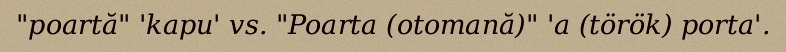
"poartă" 'kapu' vs. "Poarta (otomană)" 'a (török) porta'.